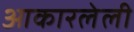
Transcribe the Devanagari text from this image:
आकारलेली